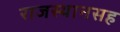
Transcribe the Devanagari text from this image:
राजस्थानसह